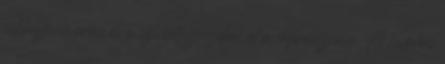
pikkelysömörön és a szívbetegségeken át a depresszióig. A tudatos